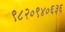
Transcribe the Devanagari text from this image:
९८२०९४०६३६